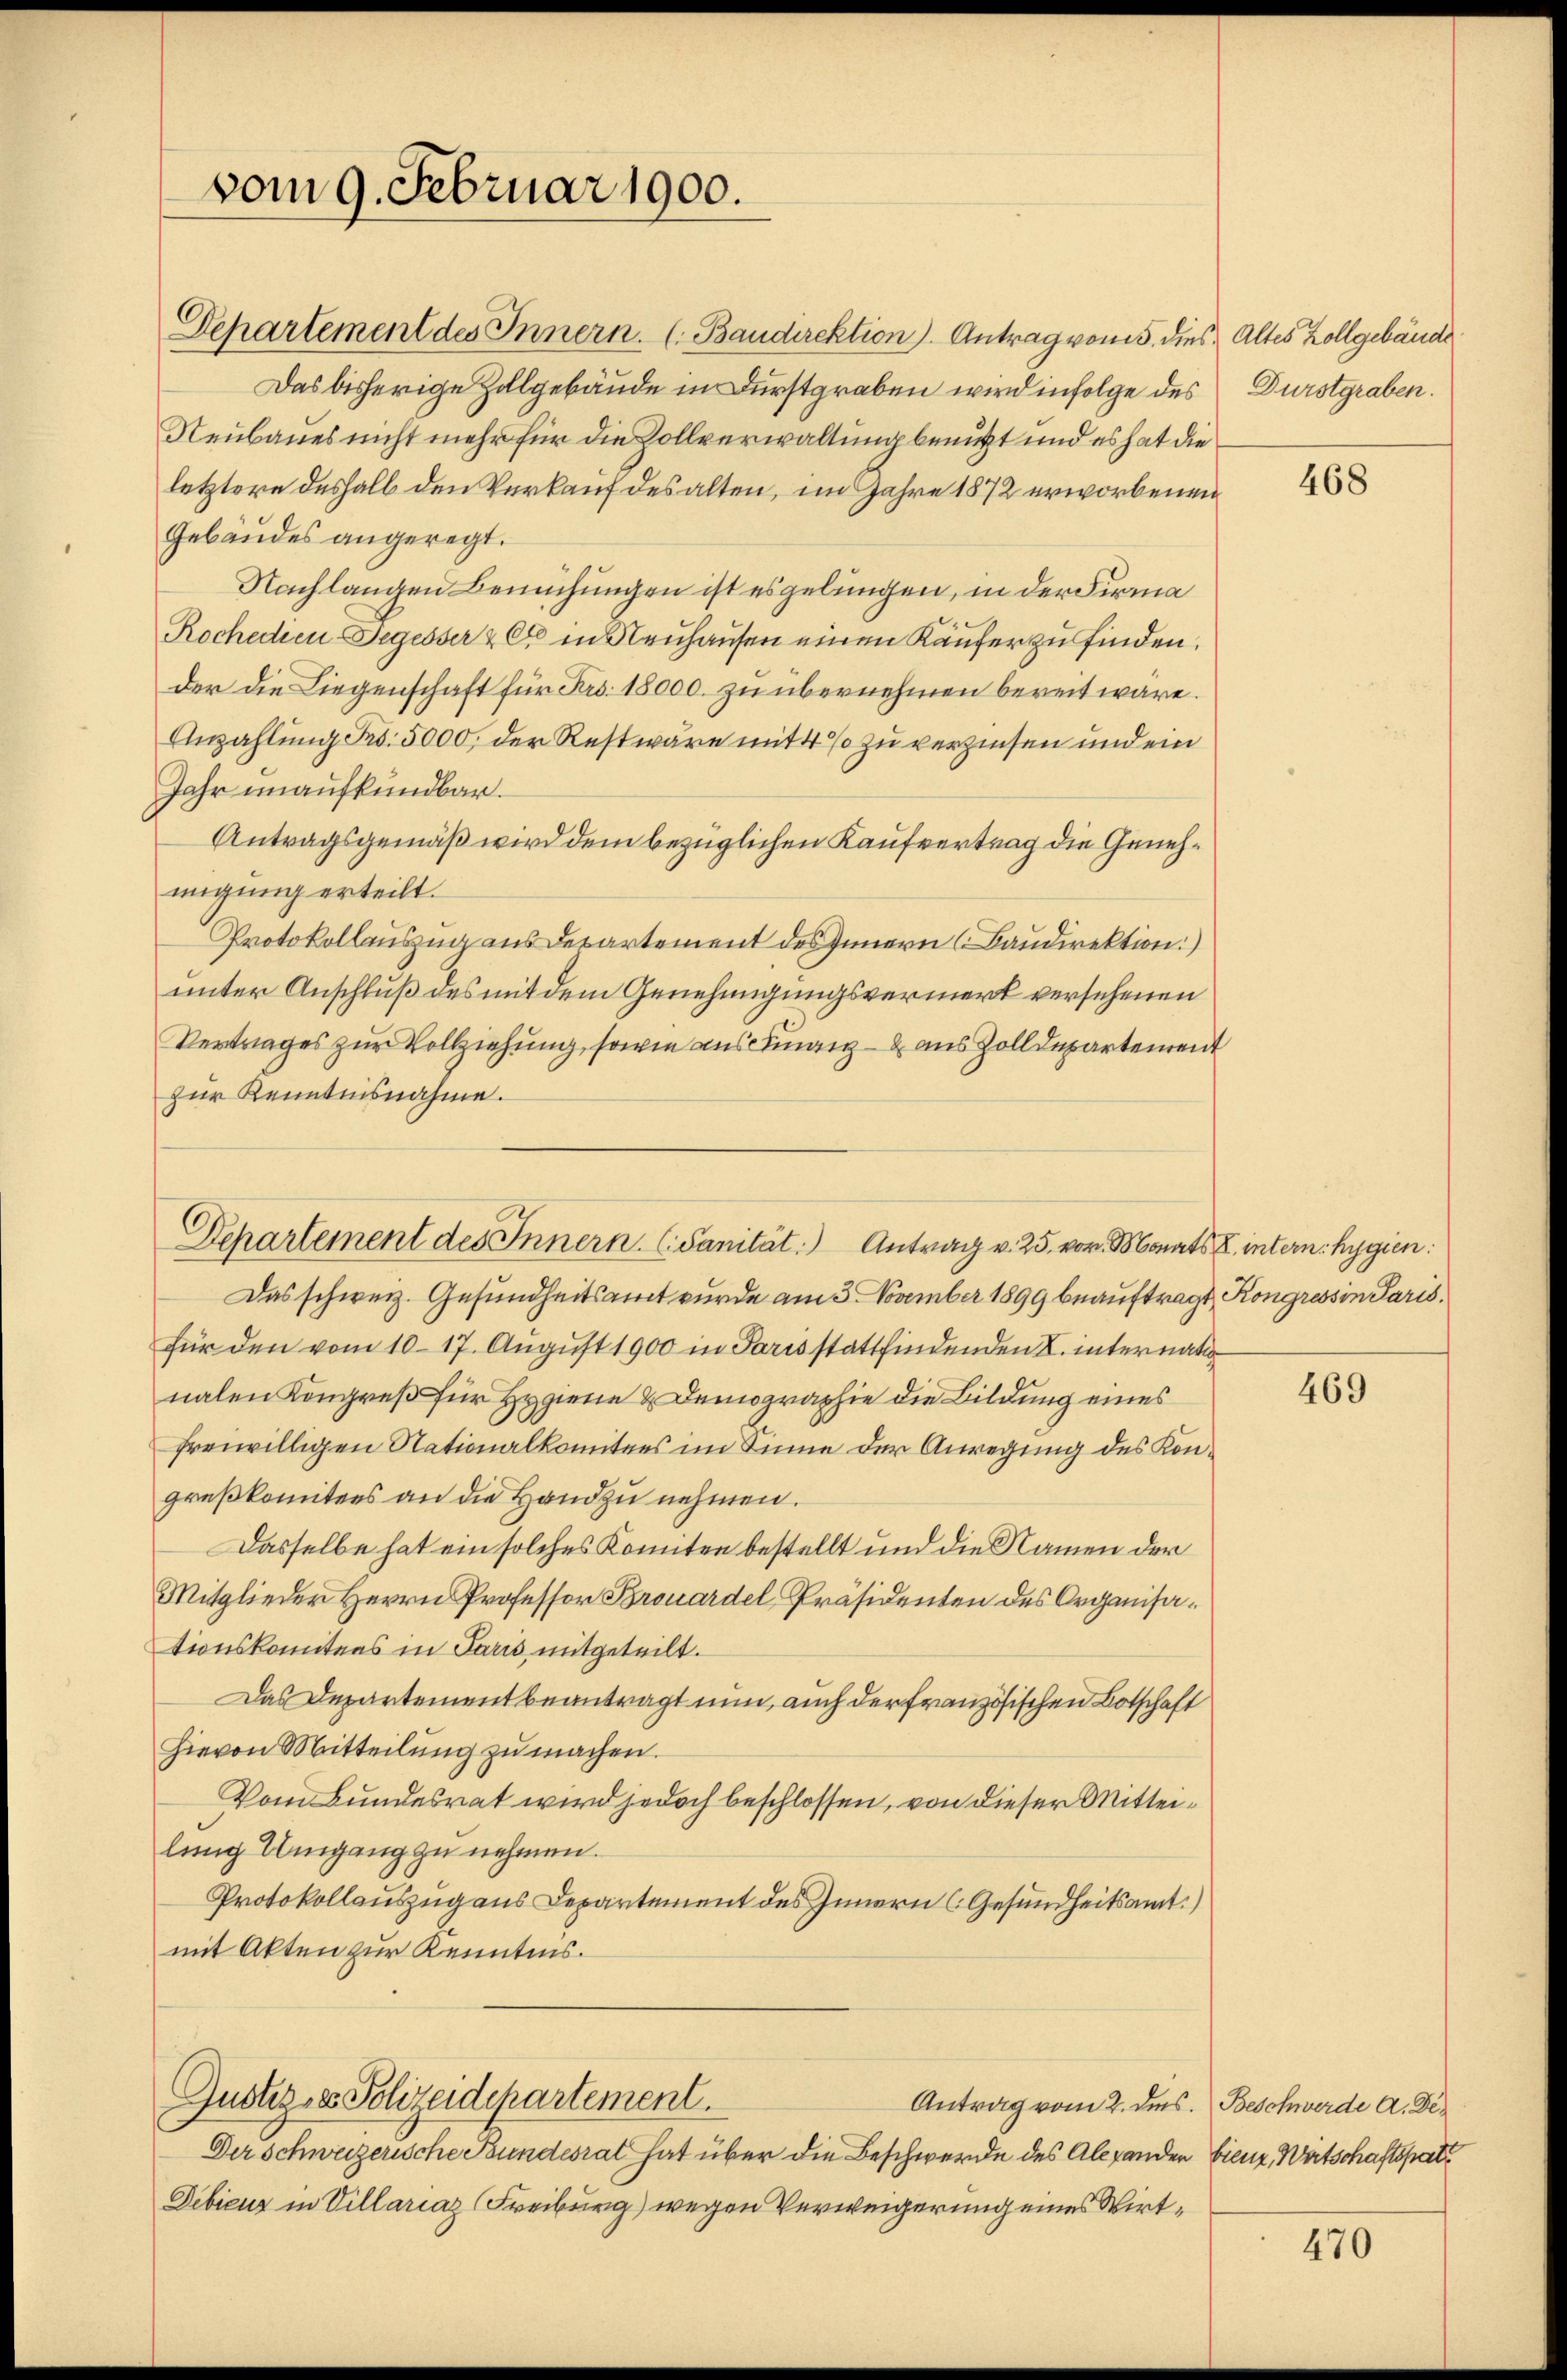
vom 9. Februar 1900.

Departement des Innern. (Baudirektion). Antrag vom 5. dies Altes Zollgebäude
Das bisherige Zollgebäude in Durstgraben wird infolge des Durstgraben.
Neubaues nicht mehr für die Zollverwaltung benutzt und es hat die
letztere deshalb den Verkauf des alten, im Jahre 1872 erworbenen
Gebäudes angeregt.
Nachlangen Bemühungen ist es gelungen, in der Firma
Rochedien Segesser & Cie in Neuhausen einen Käufer zu finden.
der die Liegenschaft für Fro. 18000. zu übernehmen bereit wäre.
Anzahlung Fr. 5000, der Rest wäre mit 4 % zu verzinsen und ein
Jahr unaufkündbar.
Antragsgemäß wird dem bezüglichen Kaufvertrag die Genehmigung erteilt.
Protokollauszug aus Departement des Innern (Baudirektion)
unter Anschluß des mit dem Genehmigungsvermerk versehenen
Vertrages zur Vollziehung, sowie aus Finanz aus Zolldepartement
zur Kenntnisnahme.
Departement des Innern. (Sanität. Antrag v. 25. vor. Monats intern. Hygien:
Das schweiz. Gesundheitsamt wurde am 3. November 1899 beauftragt Kongressin Paris,
für den vom 10. 17. August 1900 in Paris stattfindenden L. internatinalen Kongreß für Hygiene & Demographie die Bildung eines
freiwilligen Nationalkomitees im Sinne der Anregung des Kongreßkomitees an die Hand zu nehmen.
Dasselbe hat ein solches Konnten bestellt und die Namen der
Mitglieder Herrn Professor Brouardel Präsidenten des Organisationskomitees in Paris mitgeteilt.
Das Departement beantragt nun, auch der französischen Botschaft
hievon Mitteilŭng zŭ machen.
Vom Bundesrat wird jedoch beschlossen, von dieser Mitteilung Umgang zu nehmen.
Protokollauszug aus Departement des Innern (Gesundheitsamt.)
mit Akten zur Kenntnis.

Gustiz- & Polizeidepartement.

Der Schweizerische Bundesrat hat über die Beschwerde des Alexanden bienz, Wirtschaftspatt
Debicus in Villariaz (Freiburg) wegen Verweigerung eines Wirt¬

Antrag vom 2. des Beschwerde A. De¬

468

469

470